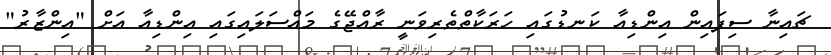
ޗައިނާ ސިފައިން އިންޑިއާ ކަނޑުގައި ހަރަކާތްތެރިވަނީ ރާއްޖޭގެ މައްސަލައިގައި އިންޑިއާ އަށް "އިންޒާރު"